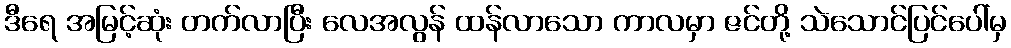
ဒီရေ အမြင့်ဆုံး တက်လာပြီး လေအလွန် ထန်လာသော ကာလမှာ ဇင်တို့ သဲသောင်ပြင်ပေါ်မှ